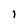
Character: 1